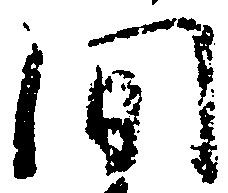
間